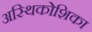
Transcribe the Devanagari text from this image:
अस्थिकोशिका